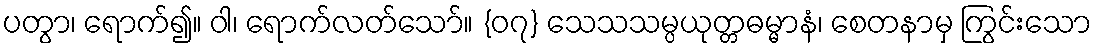
ပတွာ၊ ရောက်၍။ ဝါ၊ ရောက်လတ်သော်။ {၀၇} သေသသမ္ပယုတ္တဓမ္မာနံ၊ စေတနာမှ ကြွင်းသော